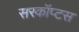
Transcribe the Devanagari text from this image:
सरकॉप्टस